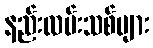
နည်းလမ်းသစ်များ